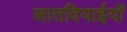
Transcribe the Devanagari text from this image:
लातवियाईयों